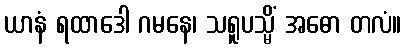
ယာနံ ရထာဒေါ ဂမနေ၊ သရူပသ္မိံ အဓော တလံ။